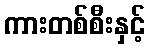
ကားတစ်စီးနှင့်